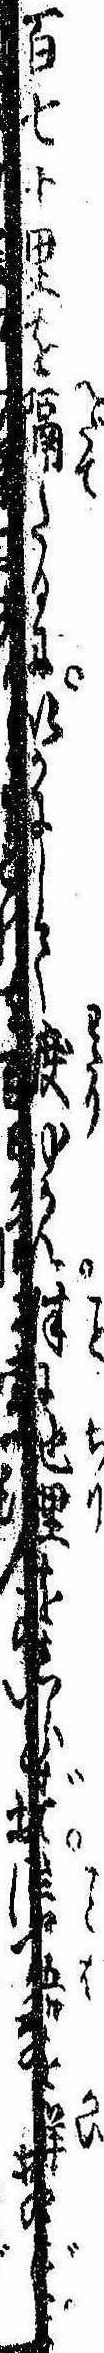
百七十里を隔たるにいかにして渡ゆかん殊に地理をしらず言語を解せずよ